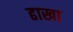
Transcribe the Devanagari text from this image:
ढाखा